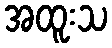
အထူးသ